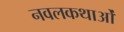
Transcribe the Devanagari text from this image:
नवलकथाओं